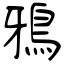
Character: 鴉